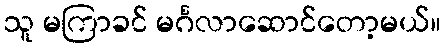
သူ မကြာခင် မင်္ဂလာဆောင်တော့မယ်။